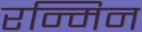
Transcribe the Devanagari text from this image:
रन्मिन